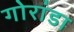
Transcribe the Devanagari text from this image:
गोरांडा